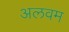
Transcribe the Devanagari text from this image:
अलवम